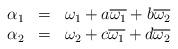
LaTeX: \begin{align*}\begin{array}{lll}\alpha_1 &=& \omega_1 + a\overline{\omega_1}+b\overline{\omega_2}\\\alpha_2 &=& \omega_2 + c\overline{\omega_1}+d\overline{\omega_2}\end{array}\end{align*}